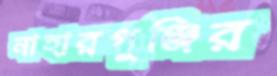
নাহারপুঞ্জির